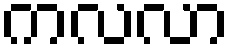
ကလလာ